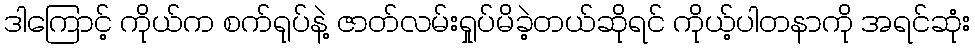
ဒါကြောင့် ကိုယ်က စက်ရုပ်နဲ့ ဇာတ်လမ်းရှုပ်မိခဲ့တယ်ဆိုရင် ကိုယ့်ပါတနာကို အရင်ဆုံး